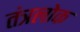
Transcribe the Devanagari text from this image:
तंत्रलोक